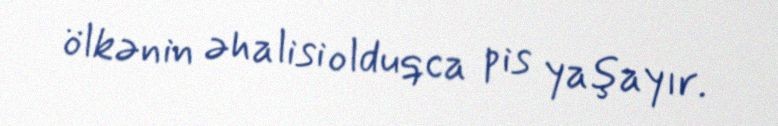
ölkənin əhalisi olduqca pis yaşayır.